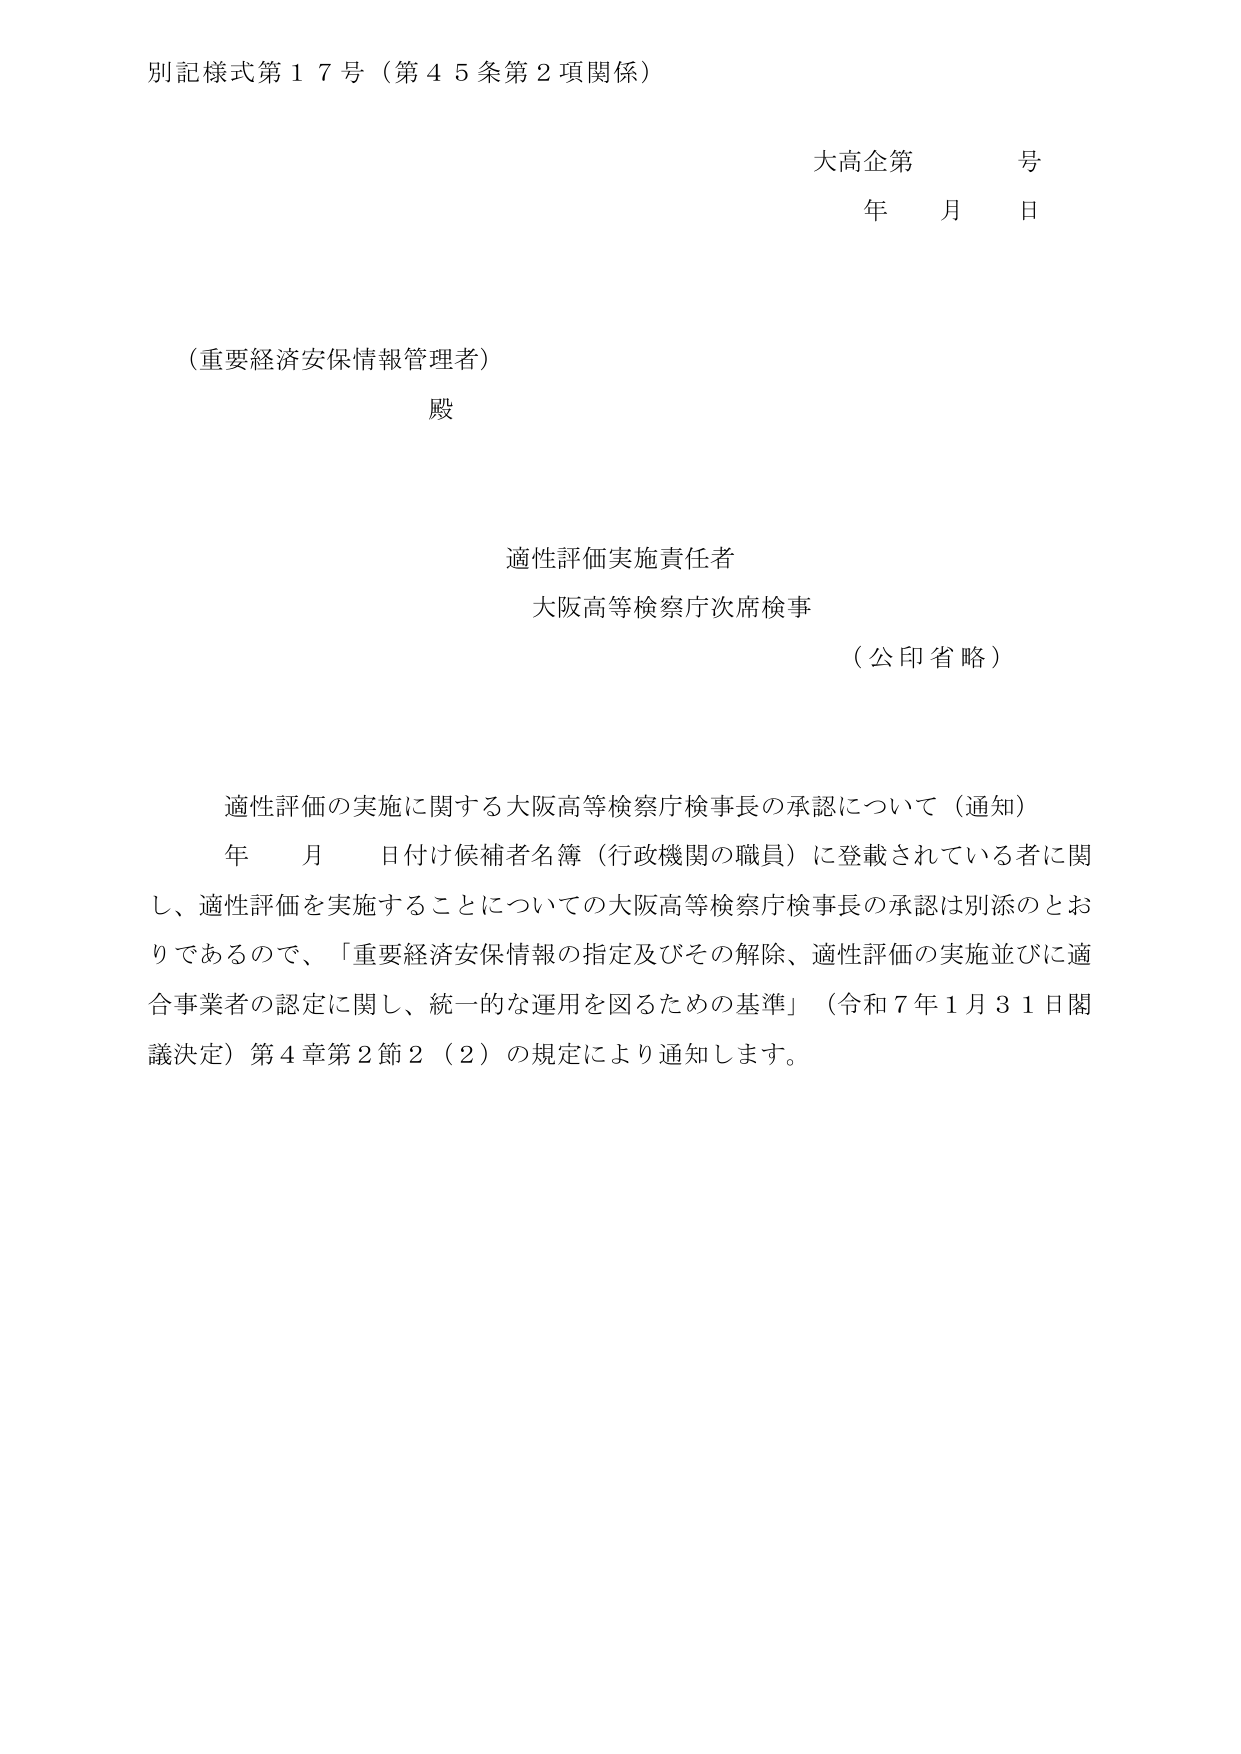
別記様式第１７号（第４５条第２項関係）

大高企第　　号
年　　月　　日

（重要経済安保情報管理者）
殿

適性評価実施責任者
大阪高等検察庁次席検事
（公印省略）

適性評価の実施に関する大阪高等検察庁検事長の承認について（通知）
年　　月　　日付け候補者名簿（行政機関の職員）に登載されている者に関し、適性評価を実施することについての大阪高等検察庁検事長の承認は別添のとおりであるので、「重要経済安保情報の指定及びその解除、適性評価の実施並びに適合事業者の認定に関し、統一的な運用を図るための基準」（令和７年１月３１日閣議決定）第４章第２節２（２）の規定により通知します。